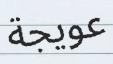
عويجة